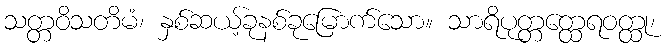
သတ္တဝိသတိမံ၊ နှစ်ဆယ့်ခုနစ်ခုမြောက်သော။ သာရိပုတ္တတ္ထေရဝတ္ထု၊